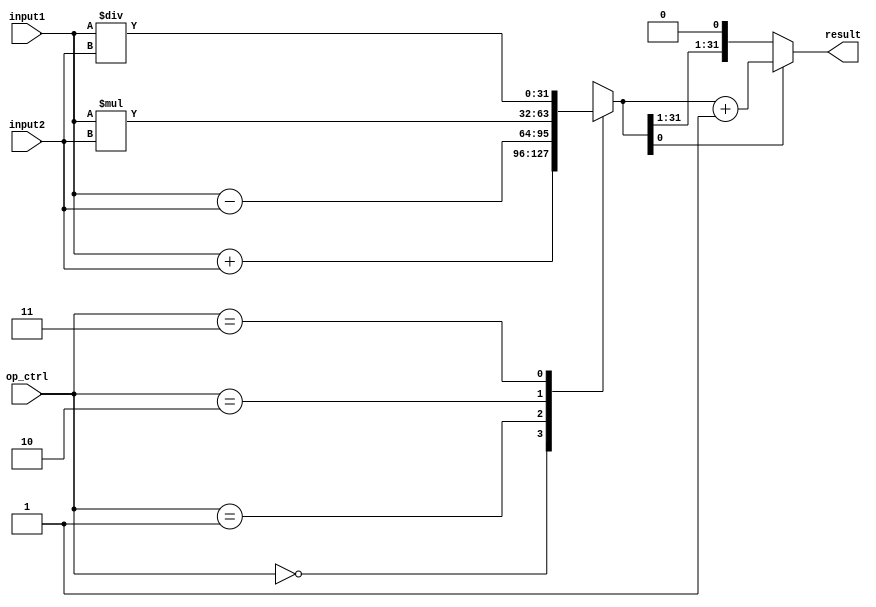
module fixed_point_rounding_unit (
    input wire [31:0] input1, // first fixed-point input number
    input wire [31:0] input2, // second fixed-point input number
    input wire [1:0] op_ctrl, // operation control signal
    output reg [31:0] result // output result after rounding
);

always @* begin
    case(op_ctrl)
        2'b00: result = input1 + input2; // addition operation
        2'b01: result = input1 - input2; // subtraction operation
        2'b10: result = input1 * input2; // multiplication operation
        2'b11: result = input1 / input2; // division operation
    endcase
    
    // rounding the result to the nearest integer
    if(result[0] == 1) begin
        result = result + 1;
    end
end

endmodule